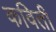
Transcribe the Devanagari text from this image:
कविती